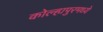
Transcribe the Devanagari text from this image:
कोल्हापुरमध्ये